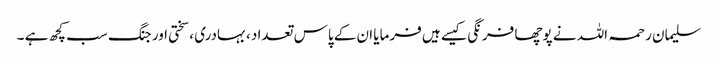
سلیمان رحمہ اللہ نے پوچھا فرنگی کیسے ہیں فرمایا ان کے پاس تعداد ، بہادری ، سختی اور جنگ سب کچھ ہے ۔